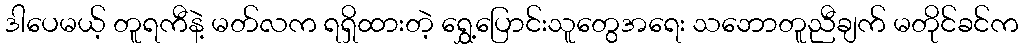
ဒါပေမယ့် တူရကီနဲ့ မတ်လက ရရှိထားတဲ့ ရွှေ့ပြောင်းသူတွေအရေး သဘောတူညီချက် မတိုင်ခင်က